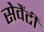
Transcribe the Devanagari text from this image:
सेवैंटी